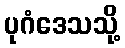
ပုဂံဒေသသို့